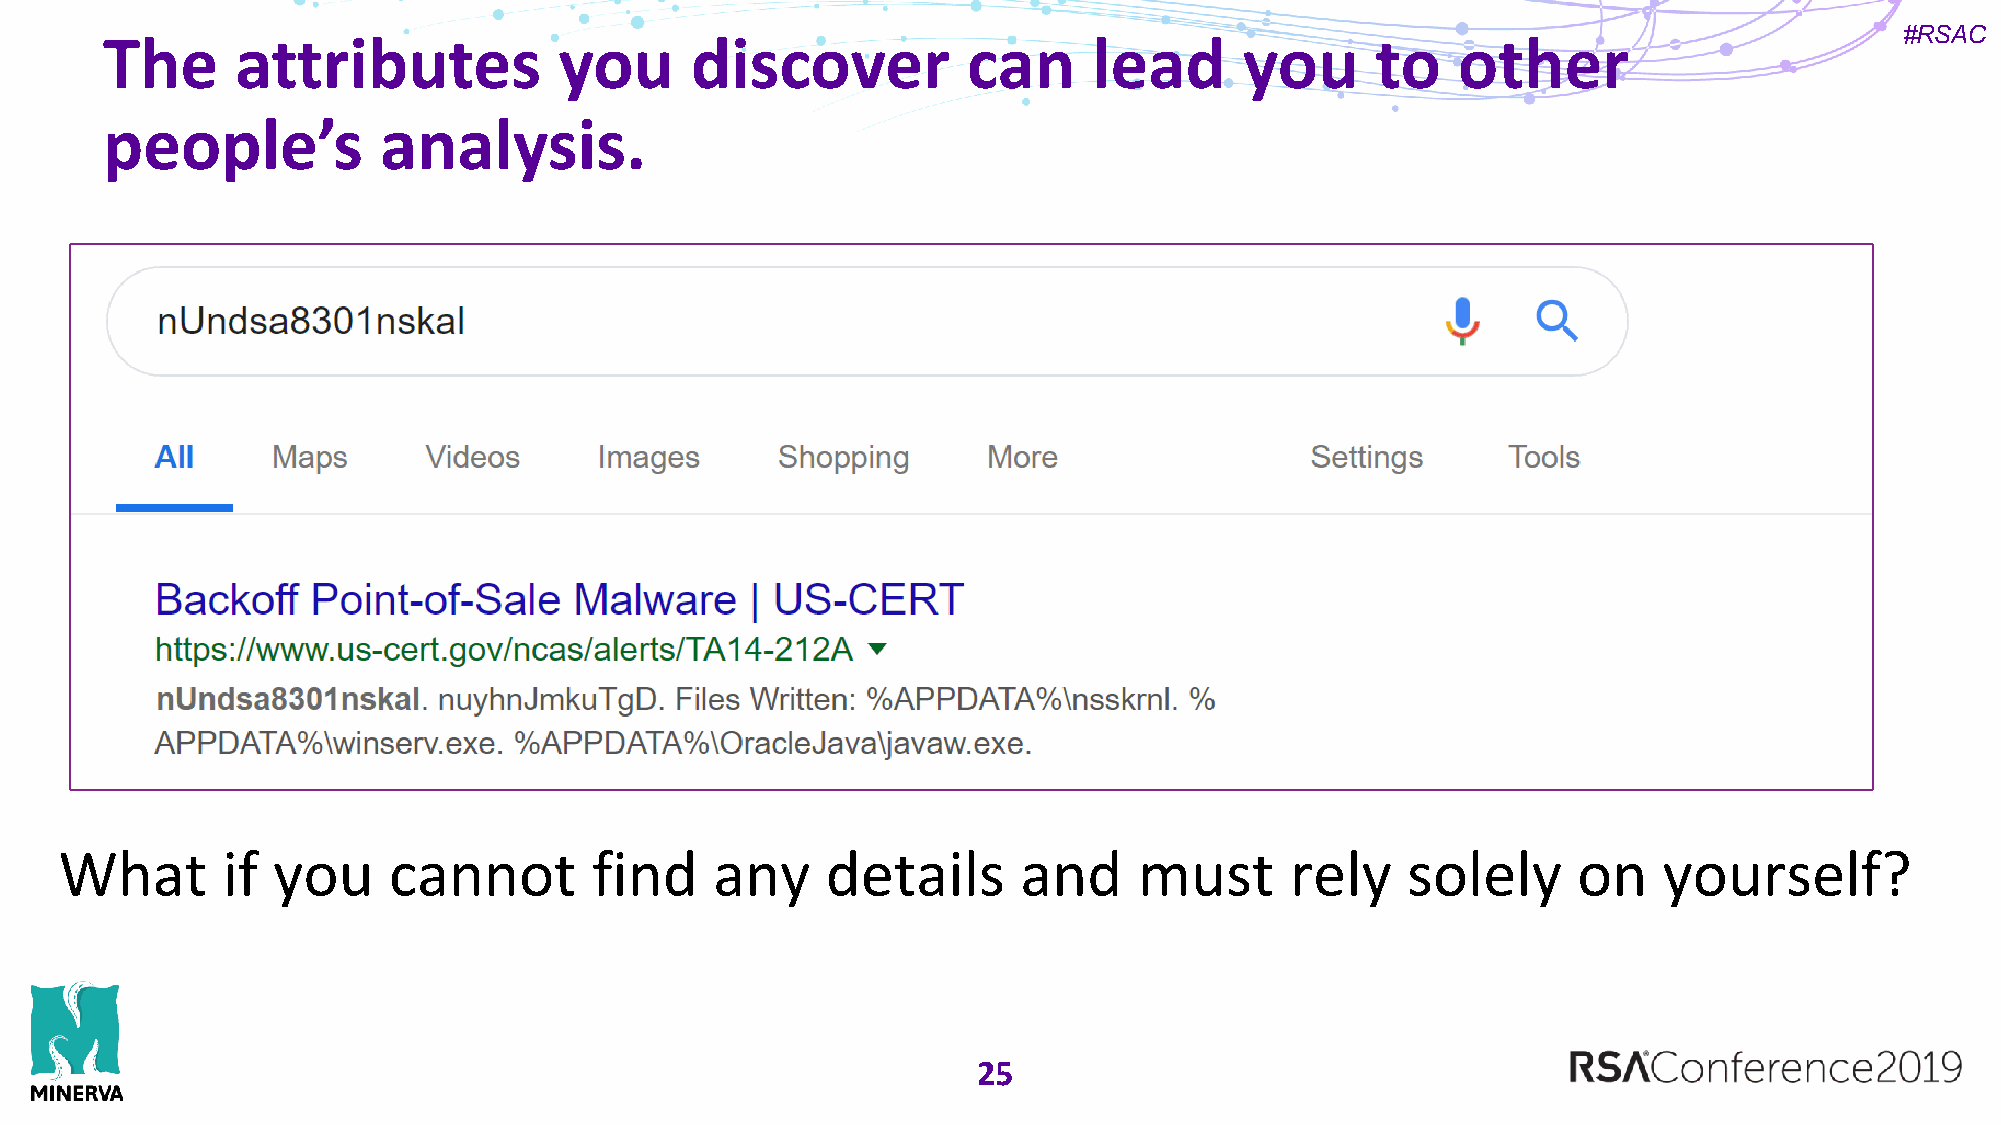
#RSAC
 The      attributes           you      discover          can     lead      you      to   other
 people’s          analysis.
 What       if you     cannot       find    any     details      and    must      rely    solely     on    yourself?
 25